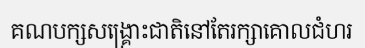
គណបក្សសង្គ្រោះជាតិនៅតែរក្សាគោលជំហរ